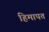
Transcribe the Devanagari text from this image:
हिमापत